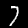
Digit: 7